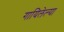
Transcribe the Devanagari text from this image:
गायिलेल्या